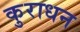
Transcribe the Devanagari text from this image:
कुराधन